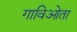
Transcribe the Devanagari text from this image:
गाविओता